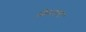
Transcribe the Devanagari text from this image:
किनाला